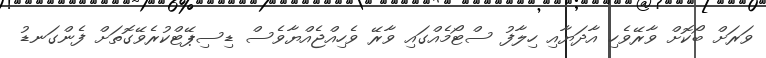
ވަރަށް ބޯކޮށް ވާރޭވެހި އާދަޔާއި ހިލާފު ސްޓޯމެއްގައި ވާރޭ ވެހިއްޖެއްޔާވެސް ޑިސިޕޭޓްކުރެވޭގޮތަށް ފެންގަނޑު